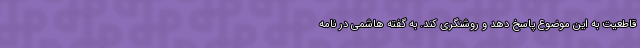
قاطعیت به این موضوع پاسخ دهد و روشنگری کند. به گفته هاشمی در نامه